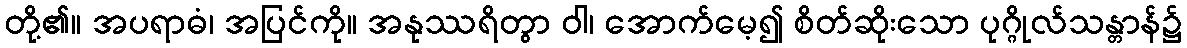
တို့၏။ အပရာဓံ၊ အပြင်ကို။ အနုဿရိတွာ ဝါ၊ အောက်မေ့၍ စိတ်ဆိုးသော ပုဂ္ဂိုလ်သန္တာန်၌